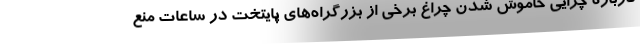
درباره چرایی خاموش شدن چراغ برخی از بزرگراه‌های پایتخت در ساعات منع